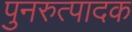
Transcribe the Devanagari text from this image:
पुनरुत्‍पादक